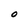
Character: O